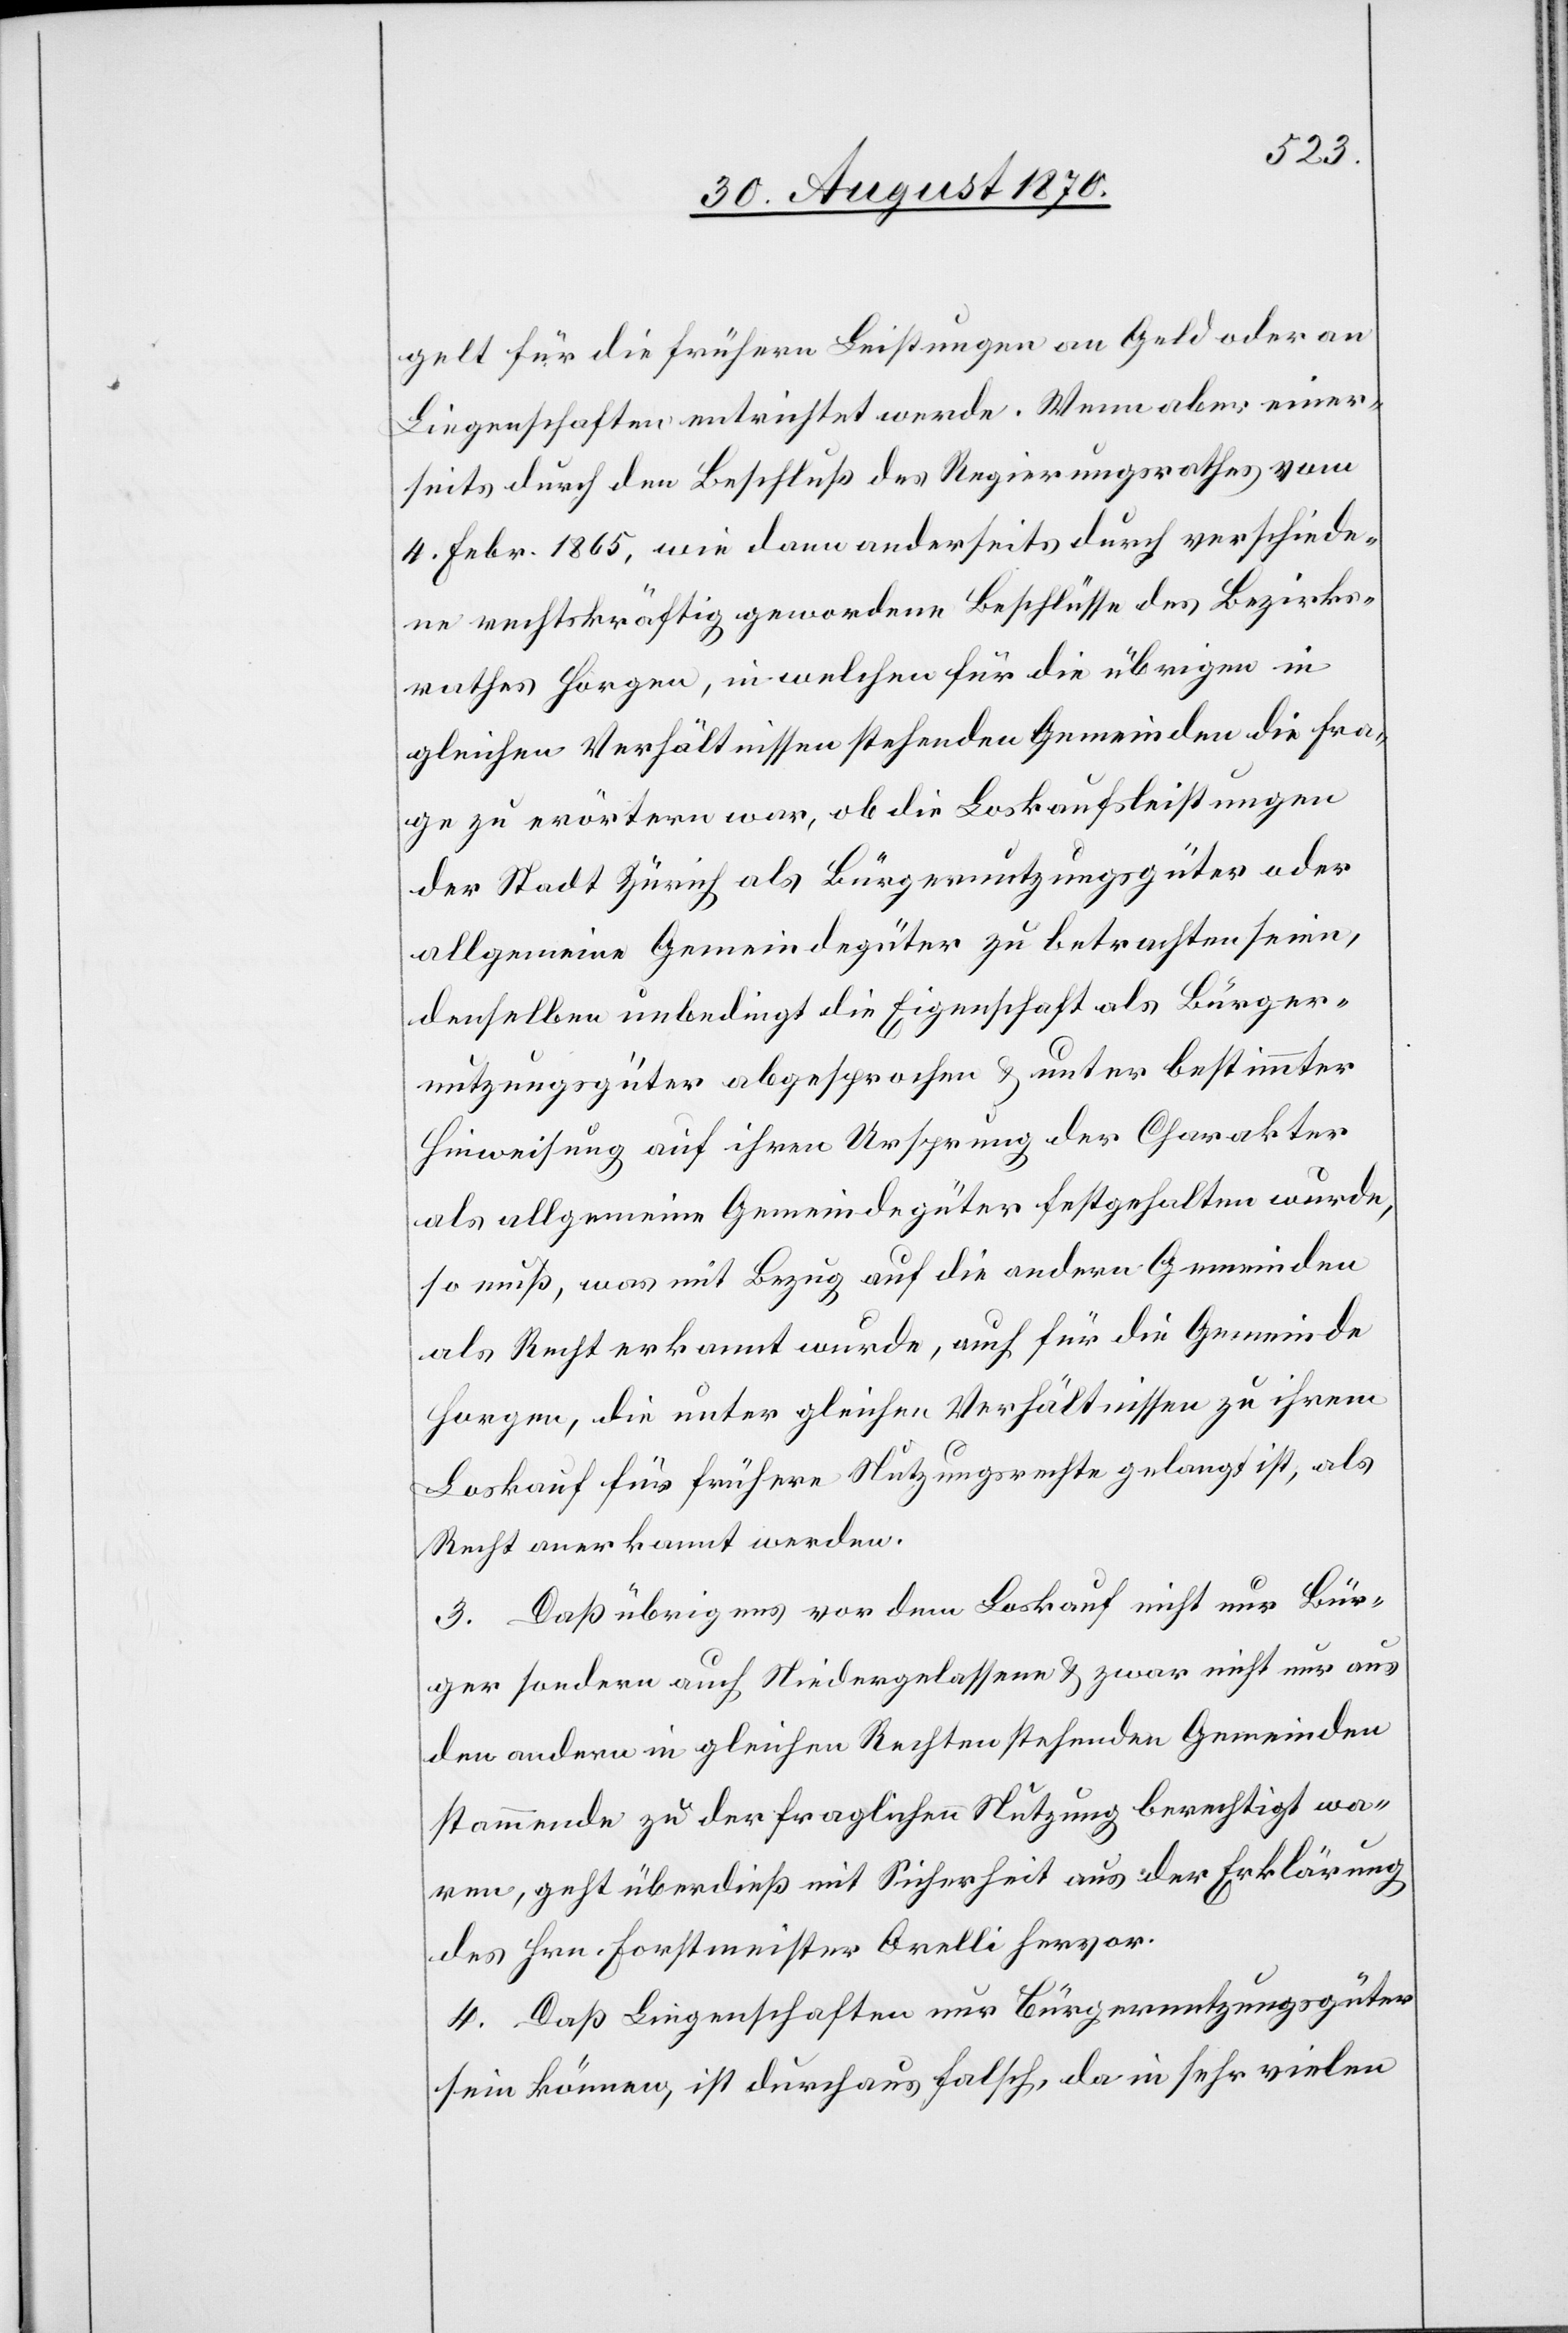
gelt für die frühern Leistungen an Geld oder an
Liegenschaften entrichtet werde. Wenn aber einer¬
seits durch den Beschluß des Regierungsrathes vom
4. Febr. 1865, wie dann anderseits durch verschiede¬
ne rechtskräftig gewordene Beschlüsse des Bezirks¬
rathes Horgen, in welchen für die übrigen in
gleichen Verhältnissen stehenden Gemeinden die Fra¬
ge zu erörtern war, ob die Loskaufsleistungen
der Stadt Zürich als Bürgernutzungsgüter oder
allgemeine Gemeindegüter zu betrachten seien,
denselben unbedingt die Eigenschaft als Bürger¬
nutzungsgüter abgesprochen & unter bestimmter
Hinweisung auf ihren Ursprung der Charakter
als allgemeine Gemeindegüter festgehalten wurde,
so muß, was mit Bezug auf die andern Gemeinden
als Recht erkannt wurde, auch für die Gemeinde
Horgen, die unter gleichen Verhältnissen zu ihrem
Loskauf für frühere Nutzungsrechte gelangt ist, als
Recht anerkannt werden.
3. Daß übrigens vor dem Loskauf nicht nur Bür¬
ger sondern auch Niedergelassene & zwar nicht nur aus
den andern in gleichen Rechten stehenden Gemeinden
stammende zu der fraglichen Nutzung berechtigt wa¬
ren, geht überdieß mit Sicherheit aus der Erklärung
des Hrn. Forstmeister Orelli hervor.
4. Daß Liegenschaften nur Bürgernutzungsgüter
sein können, ist durchaus falsch, da in sehr vielen